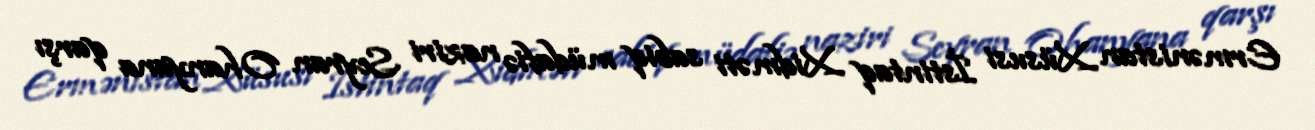
Ermənistan Xüsusi İstintaq Xidməti sabiq müdafiə naziri Seyran Ohanyana qarşı